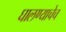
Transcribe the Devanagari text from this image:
घालण्याचेच